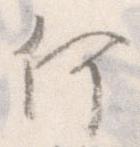
何